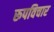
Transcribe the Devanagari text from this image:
रूपविचार